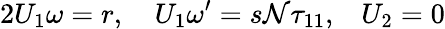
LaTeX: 2{U_{1}\omega}=r,\quad{U_{1}}{\omega^{\prime}}=s{\mathcal{N}}{\tau_{11},}\quad{U_{2}}={0}